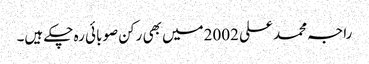
راجہ محمد علی 2002میں بھی رکن صوبائی رہ چکے ہیں۔